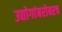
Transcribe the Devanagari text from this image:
उद्योगांबरोबरच